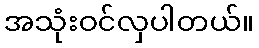
အသုံးဝင်လှပါတယ်။